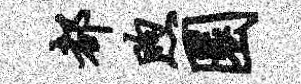
都煦圜